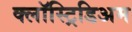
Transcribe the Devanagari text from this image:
क्लॉस्ट्रिडिअम